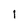
Character: 1